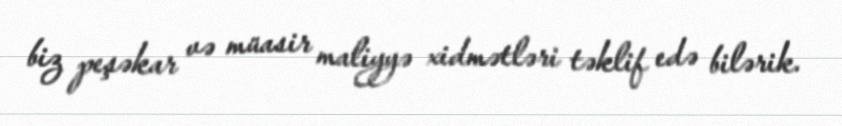
biz peşəkar və müasir maliyyə xidmətləri təklif edə bilərik.